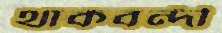
থাকবন্দী